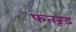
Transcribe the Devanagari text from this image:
फतरूड